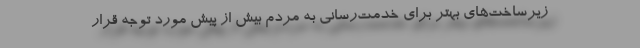
زیرساخت‌های بهتر برای خدمت‌رسانی به مردم بیش از پیش مورد توجه قرار